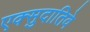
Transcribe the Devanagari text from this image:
एक्सुदातिवे